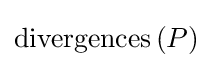
\mathrm {divergences} \left(P\right)